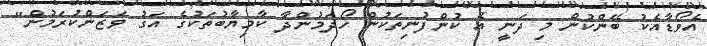
އެވޯޑާއެކު ބޭންކުން މި ދަނީ އެ ކުންފުނިތަކުން ހޯދަމުންދާ ކާމިޔާބުތަކުގެ އަގު ވަޒަންކުރަމުން"